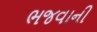
ભજવાની